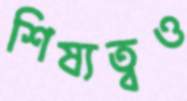
শিষ্যত্বও